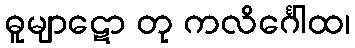
ဓူမျာဋော တု ကလိင်္ဂေါထ၊